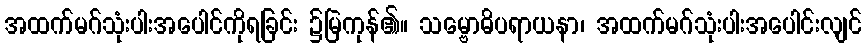
အထက်မဂ်သုံးပါးအပေါင်ကိုရခြင်း ၌မြဲကုန်၏။ သမ္ဗောဓိပရာယနာ၊ အထက်မဂ်သုံးပါးအပေါင်းလျင်